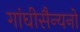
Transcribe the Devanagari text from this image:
गांघीसैन्यनो